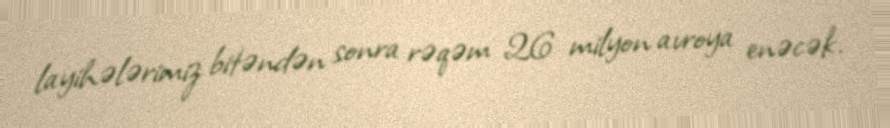
layihələrimiz bitəndən sonra rəqəm 26 milyon avroya enəcək.